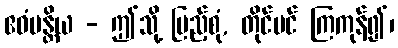
ဧဝံမန္တိယ - ဤသို့ ပြည့်စုံ, တိုင်ပင် ကြကုန်၍၊